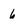
Character: 6